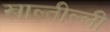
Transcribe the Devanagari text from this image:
खाल्तील्ली